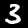
Digit: 3